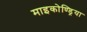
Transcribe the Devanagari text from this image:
माइकोण्ड्रिया